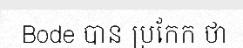
Bode បាន ប្រកែក ថា